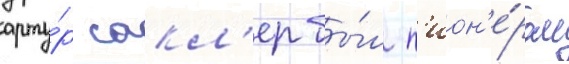
арту́р сакл'ер бы́л п'ион'е́ром